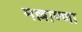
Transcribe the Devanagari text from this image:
मल्लाण्णा